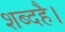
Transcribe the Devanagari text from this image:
शब्दहै।